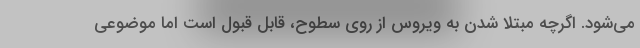
می‌شود. اگرچه مبتلا شدن به ویروس از روی سطوح، قابل قبول است اما موضوعی